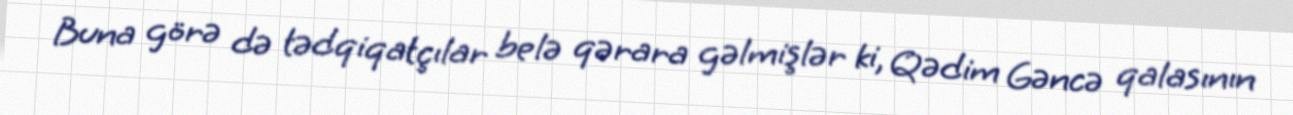
Buna görə də tədqiqatçılar belə qərara gəlmişlər ki, Qədim Gəncə qalasının